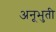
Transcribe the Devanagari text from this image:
अनूभुती